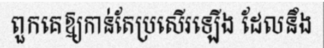
ពួកគេឱ្យកាន់តែប្រសើរឡើង ដែលនឹង